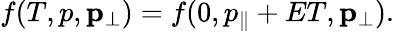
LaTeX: \begin{array}{r}{f(T,p,\mathbf{p}_{\perp})=f(0,p_{\parallel}+ET,\mathbf{p}_{\perp}).}\end{array}